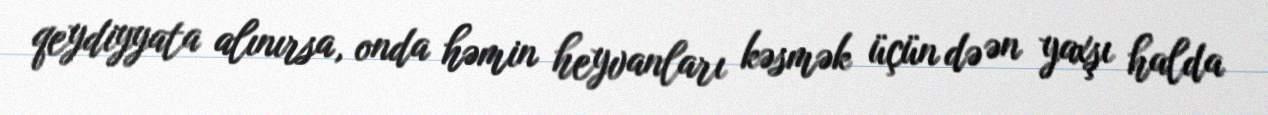
qeydiyyata alınırsa, onda həmin heyvanları kəsmək üçün də ən yaxşı halda